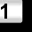
Digit: 1